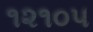
૧૨૧૦૫